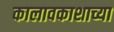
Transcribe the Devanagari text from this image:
कालावकाशाच्या